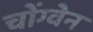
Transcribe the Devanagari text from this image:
चोंग्वेन